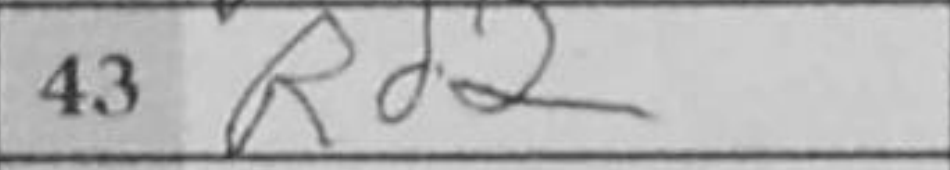
Transcription: Rd2